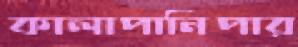
কালাপানিপার